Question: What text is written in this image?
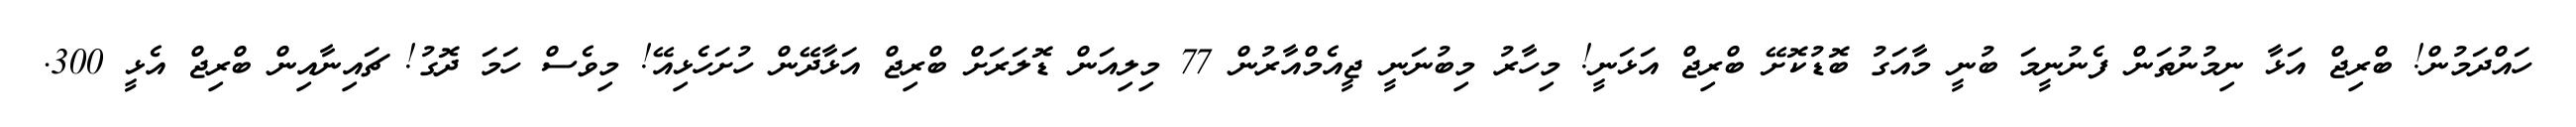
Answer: ހައްދަމުން! ބްރިޖް އަޅާ ނިމުނުތަން ފެނުނީމަ ބުނީ މާއަގު ބޮޑުކޮށޭ ބްރިޖް އަޅަނީ! މިހާރު މިބުނަނީ ޖީއެމްއާރުން 77 މިލިއަން ޑޮލަރަށް ބްރިޖް އަޅާދޭން ހުށަހެޅިއޭ! މިވެސް ހަމަ ދޮގު! ޗައިނާއިން ބްރިޖް އެޅީ 300.